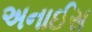
અનાઈસ